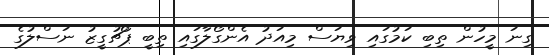
ގިނަ މީހުން ތިބި ކަމުގައި ވިޔަސް މިއަދު އެންގޯލާގައި ތިބީ ޕޯޗުގީޒު ނަސްލުގެ